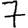
Digit: 7